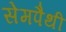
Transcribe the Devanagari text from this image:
सेमपैथी